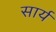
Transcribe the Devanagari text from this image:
सार्य